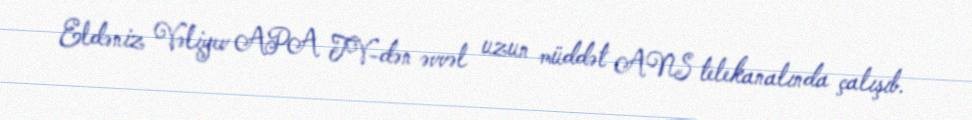
Eldəniz Vəliyev APA TV-dən əvvəl uzun müddət ANS telekanalında çalışıb.